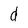
Character: d